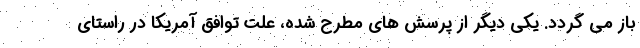
باز می گردد. یکی دیگر از پرسش های مطرح شده، علت توافق آمریکا در راستای